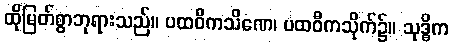
ထိုမြတ်စွာဘုရားသည်။ ပထဝီကသိဏေ၊ ပထဝီကသိုက်၌။ သုဒ္ဓိက